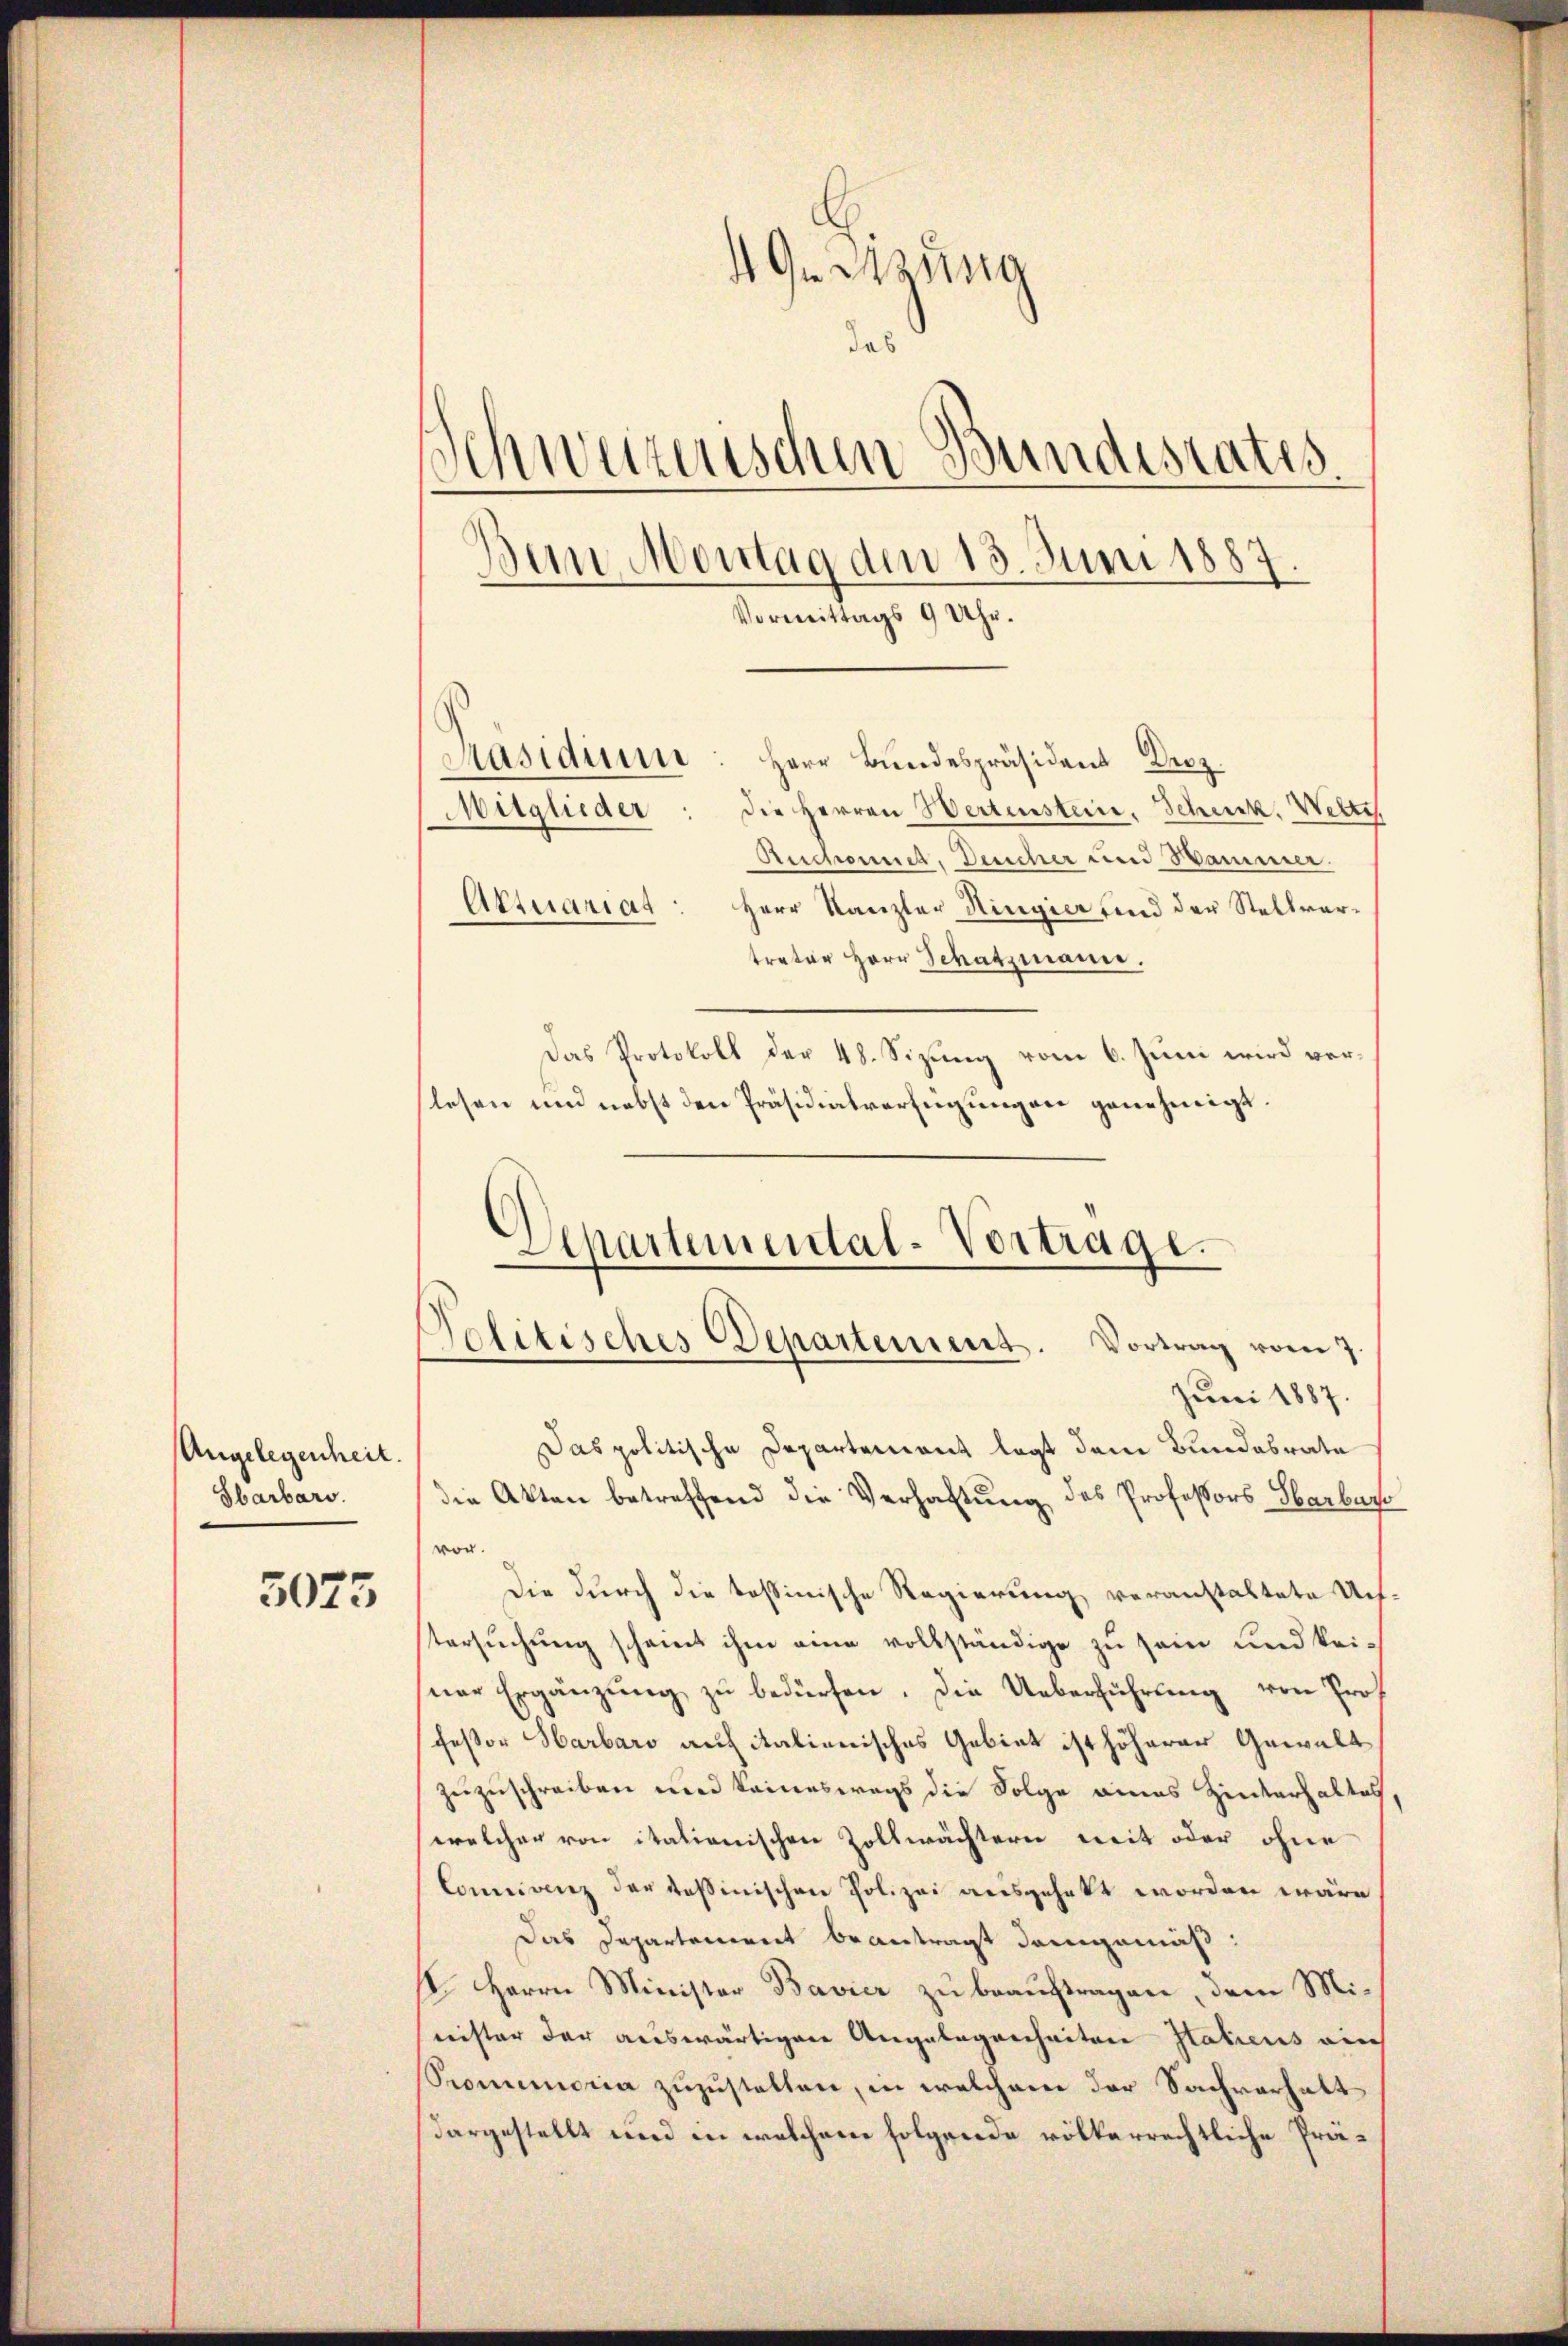
Angelegenheit.
Sbarbars.

5075

4 Ge Sitzung
des
Schweizerischen Bundesrates.
Ban Montag dem 13. Juni 1887.
Vormittags 9 Uhr.
Masiduum
Herr Bundespräsident Droz.
Mitglieder: die Herren Wertenstein. Schuck. Weltis
Auchont, Deucher und Hammer.
Attuariag
Herr Kanzler Ringier und der Stellvertreter Herr Schatzmann.

Das Protokoll der 48. Sizung vom 6. Juni wird verlesen und nebst den Präsidialverfügungen genehmigt.
Aepartemental-Vorträge.

Solitisches Departement. Vortrag vom 7.

Juni 1887.
Das politische Departement legt dem Bundesrate
die Akten betreffend die Verhaftung des Professors Sbarbare
von.
Die durch die toßinische Regierung veranstaltete Uchtersuchung scheint ihm eine vollständige zu sein und keiner Ergänzung zu bedürfen. Die Ueberführung von Prof
fessor Harbaro auch italienisches Gebiet ist höherer Gewalt
zuzuschreiben und keineswegs die Folge eines Hinterhaltes,
welcher von italienischen Zollwächtern weit oder ohne
Comnianz der Teßinischen Polizei ausgehabt worden wäre
Das Departement beantragt demgemäß:
II. Herrn Minister Bavier zu beauftragen, dem Mineister der auswärtigen Angelegenheiten Italiens ain
Promemoria zuzustellen, in welchem der Sachverhalt
dargestellt und in welchem folgende völkerrechtliche Prä¬